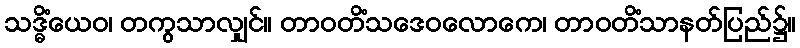
သဒ္ဓိံယေဝ၊ တကွသာလျှင်။ တာဝတိံသဒေဝလောကေ၊ တာဝတိံသာနတ်ပြည်၌။